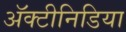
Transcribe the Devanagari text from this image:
अॅक्टीनिडिया